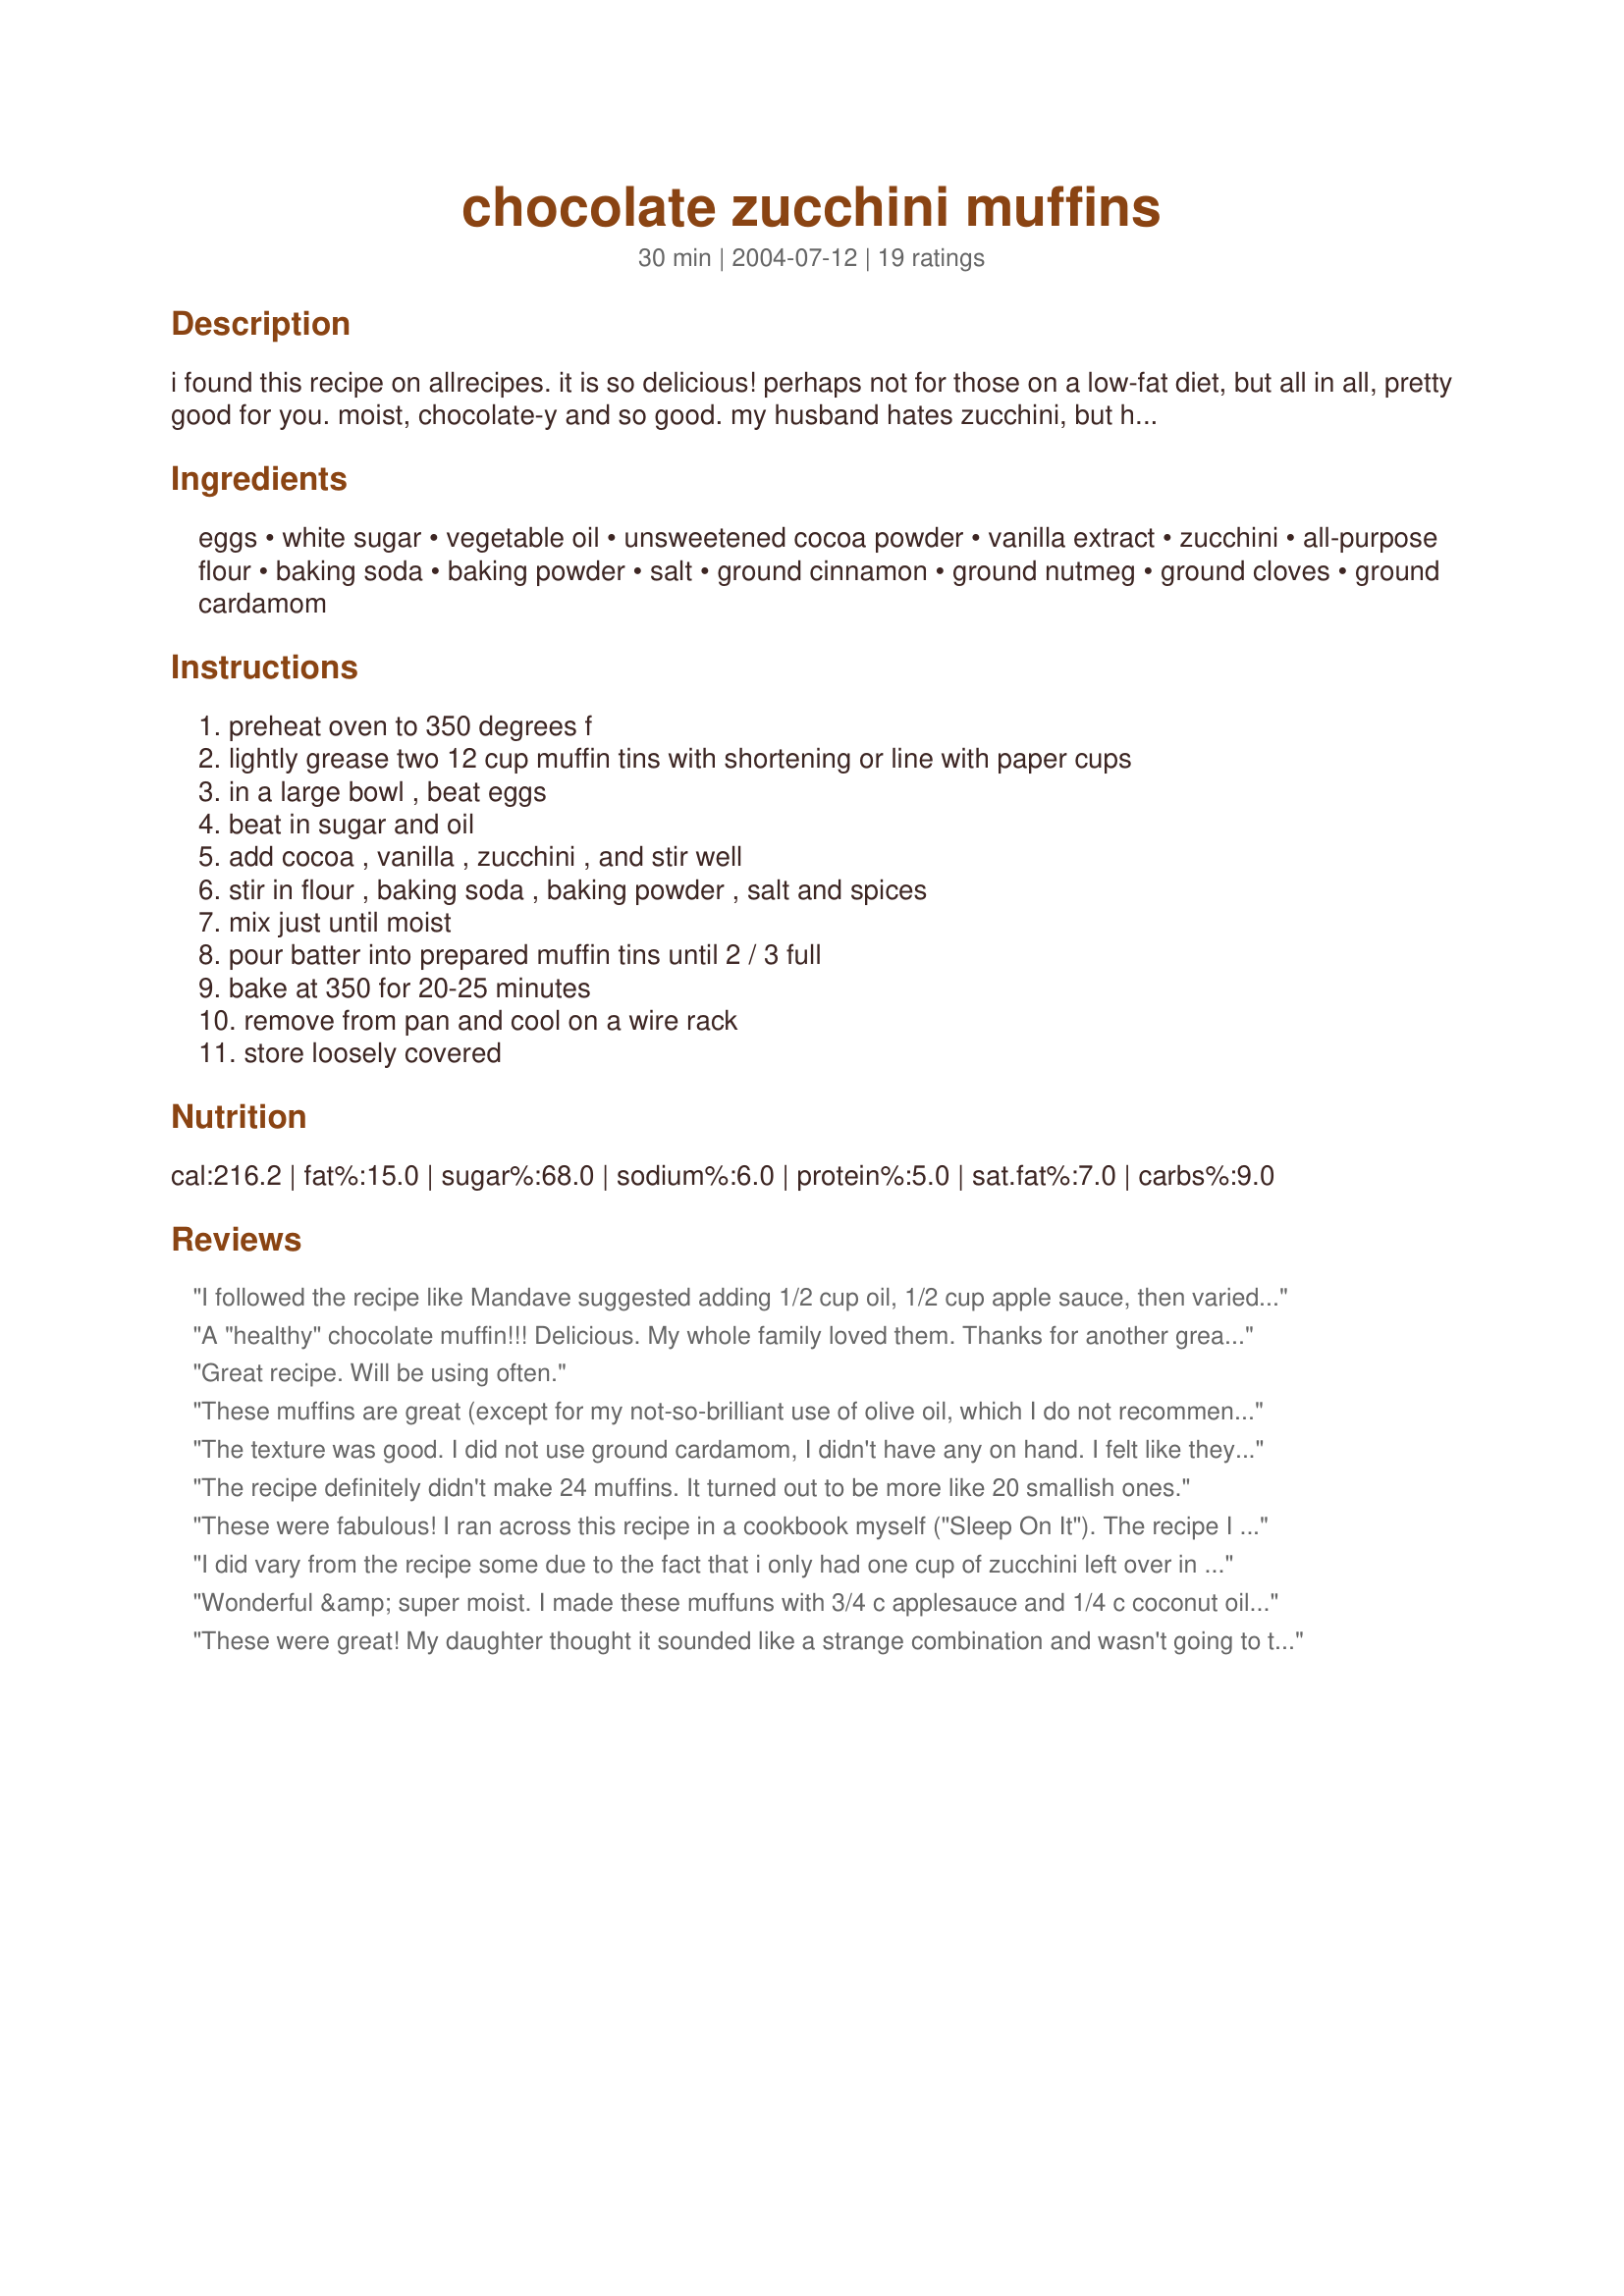
chocolate zucchini muffins
Preparation time: 30 minutes

i found this recipe on allrecipes. it is so delicious! perhaps not for those on a low-fat diet, but all in all, pretty good for you. moist, chocolate-y and so good. my husband hates zucchini, but he will eat these. prep time does not include shredding zucchini. at the advice of a reviewer, i am posting this note. if you find that the cocoa will clump if you mix it with the vanilla and zucchini, you can add it instead with the flour and other dry ingredients. enjoy!

Ingredients:
eggs, white sugar, vegetable oil, unsweetened cocoa powder, vanilla extract, zucchini, all-purpose flour, baking soda, baking powder, salt, ground cinnamon, ground nutmeg, ground cloves, ground cardamom

Steps:
preheat oven to 350 degrees f, lightly grease two 12 cup muffin tins with shortening or line with paper cups, in a large bowl , beat eggs, beat in sugar and oil, add cocoa , vanilla , zucchini , and stir well, stir in flour , baking soda , baking powder , salt and spices, mix just until moist, pour batter into prepared muffin tins until 2 / 3 full, bake at 350 for 20-25 minutes, remove from pan and cool on a wire rack, store loosely covered

Reviews:
I followed the recipe like Mandave suggested adding 1/2 cup oil, 1/2 cup apple sauce, then varied with 3/4 cup chocolate chips and used raw sugar instead of white sugar, used 2 1/2 cups of zucchini and 1/2 cup extra of flour. The mixture made 24 muffins. I will be making these again super moist and so delicious. Bronwyn
A "healthy" chocolate muffin!!! Delicious. My whole family loved them. Thanks for another great way to use zucchini!
Great recipe. Will be using often.
These muffins are great (except for my not-so-brilliant use of olive oil, which I do not recommend). They had a nice, slightly crisp top...very yummy. I increased the cinnamon a bit, and didn't use any cardamom, as I didn't have any. Thanks for posting this recipe Amanda Beth!
The texture was good. I did not use ground cardamom, I didn't have any on hand. I felt like they need a little something maybe more chocolate, DH said they were good. If I make again I will be adding choc chips to it. If I could find that extra zip it need to be mmore to my liking I would make these again.
The recipe definitely didn't make 24 muffins. It turned out to be more like 20 smallish ones.
These were fabulous! I ran across this recipe in a cookbook myself ("Sleep On It"). The recipe I have also includes an additional 1/4 teaspoon cinnamon (1/2 teaspoon total) and no cardamom. Also 1/2 cup semisweet chocolate chips and 1/2 cup chopped walnuts are added at the end with the zucchini. I would mix all dry ingredients together including the cocoa powder. The muffins are absolutely delicious with the chocolate chips and nuts. I got 19 standard muffins with a 1/4 cup scoop.
I did vary from the recipe some due to the fact that i only had one cup of zucchini left over in the freezer. So I added a cup of carrot finely shredded to go with it. I also only used cinnamon and ground clove. It turned out well, however next time I think I will try using applesauce and whole wheat flour to make it healthier.
Wonderful &amp; super moist. I made these muffuns with 3/4 c applesauce and 1/4 c coconut oil to replace the veg oil. I left out the spices due to my picky eaters. They tasted great! Will be making these again for sure.
These were great! My daughter thought it sounded like a strange combination and wasn't going to try them but they smelled so good she gave one a try and loved them. I added some chocolate chips and only used half the oil and substituted applesauce for the other half. Also, I used shredded zucchini I had in the freezer. They came out very moist and delicious.
These muffins are soooo good. I followed the recipe, but added approx 1/2 cup of chocolate chips. They are delicious with a little butter and a glass of milk.
I thought these were really yummy. I used a fresh zucchini from my neighbour's garden which I finely grated and added chocolate chunks which I made by coarsely chopping some dark chocolate. I only added cinnamon out of the spices (because I couldn't be bothered searching through my spice jars to find the others) and the muffins were perfect and devoured by all, young and old!
I used this recipe twice. The muffins came out great both times. Everyone who tried one liked it.
I used 1/2 oil and 1/2 applesauce then added mini chocolate chips. Pretty good muffin and I will make it again, but punch of the cocoa flavor some more.
With 10 zucchini in the refrigerator I wanted to get rid of a few in a batch of muffins. These are really great tasting and have a nice texture, especially the crispy tops. Next time I will use paper liners because even though I greased non-stick pans, boy did they stick!
I followed the recipe exactly except I forgot the vanilla and only had two eggs so I added a quarter cup of sourdough starter. Oh, and I made 18 good sized muffins.
perfect!
These are so simple, yet so delicious. I followed the recipe, making mini-muffins (bake for 10 minutes) and I added a Tablespoon of coffee, along with 2 tablespoons of finely grated dark chocolate. I'm taking them to work tomorrow where I know they will be a big hit!
I followed someone else's advice and put chocolate chips in these and they were SO yummy! I also substituted 1/2 the oil with unsweetened applesauce and 1/4 of the flour with wheat flour. I'll definitely make them again
So good and another great use for my bumper crop of zucchini. I made a half batch, rounding up to 2 eggs...and they turned out beautifully.
